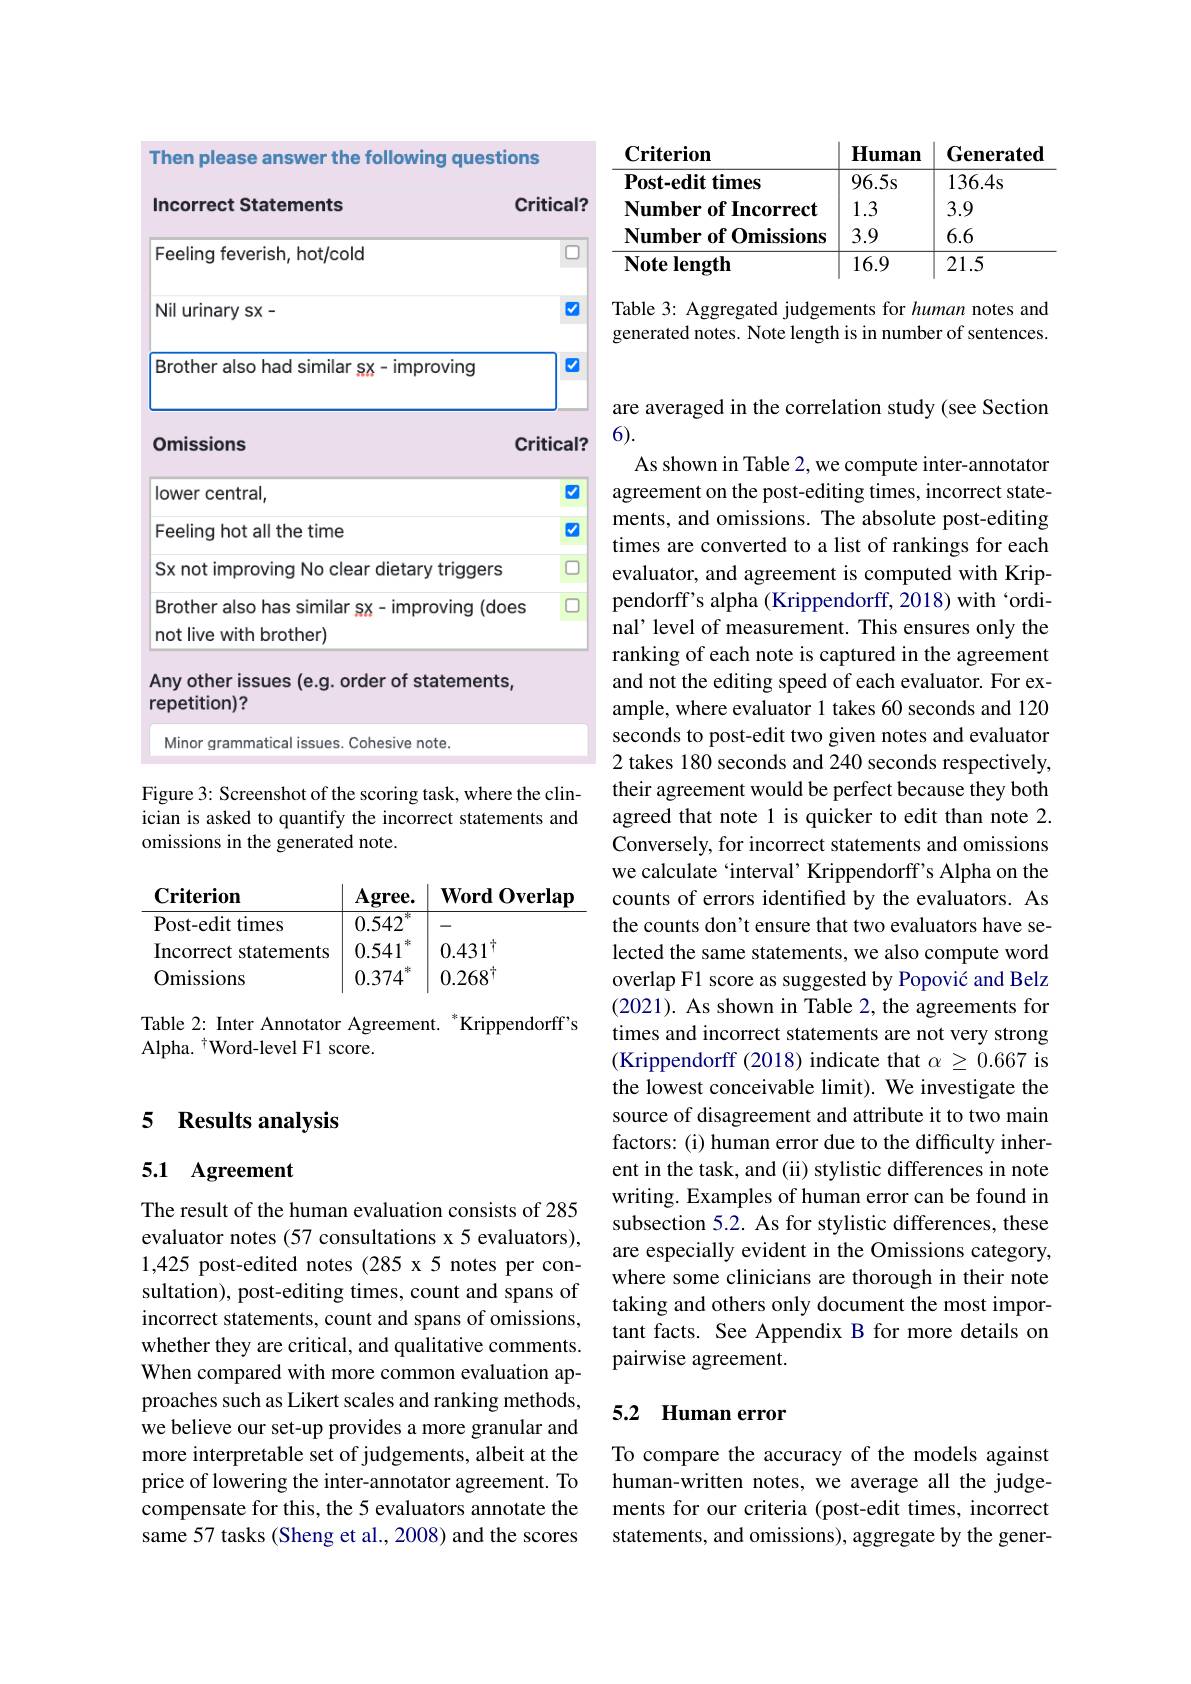
<table>
	<tbody>
		<tr>
			<th>$\mathbf{Criterion}$</th>
			<th>$\mathbf{Human}$</th>
			<th>Generated</th>
		</tr>
		<tr>
			<td>$\mathbf{Post-edit~times}$</td>
			<td>$96.5s$</td>
			<td>136.4s</td>
		</tr>
		<tr>
			<td>? Number of Incorrect</td>
			<td>1.3</td>
			<td>3.9</td>
		</tr>
		<tr>
			<td>$\textbf{Number of Omissions}$</td>
			<td>3.9</td>
			<td>6.6</td>
		</tr>
		<tr>
			<td>$\mathbf{Note~length}$</td>
			<td>16.9</td>
			<td>21.5</td>
		</tr>
	</tbody>
</table>

Table 3: Aggregated judgements for human notes and generated notes. Note length is in number of sentences.

## 5 Results analysis

## 5.1 Agreement

The result of the human evaluation consists of 285 evaluator notes (57 consultations x 5 evaluators), 1,425 post-edited notes (285 x5 notes per consultation), post-editing times, count and spans of incorrect statements, count and spans of omissions, whether they are critical, and qualitative comments. When compared with more common evaluation approaches such as Likert scales and ranking methods, we believe our set-up provides a more granular and more interpretable set of judgements, albeit at the price of lowering the inter-annotator agreement. To compensate for this, the 5 evaluators annotate the same 57 tasks (Sheng et al., 2008) and the scores

<table>
	<tbody>
		<tr>
			<th>Incorrect Statements</th>
			<th>itical?</th>
		</tr>
		<tr>
			<td>Feeling feverish, hot/cold</td>
			<td>$\square$</td>
		</tr>
		<tr>
			<td>Nil urinary sx-</td>
			<td>$v$</td>
		</tr>
		<tr>
			<td>Brother also had similar sx- improving</td>
			<td>$v$</td>
		</tr>
		<tr>
			<td>Omissions</td>
			<td>itical?</td>
		</tr>
		<tr>
			<td>lower central,</td>
			<td>V</td>
		</tr>
		<tr>
			<td>Feeling hot all the time</td>
			<td>$v$</td>
		</tr>
		<tr>
			<td>Sx not improvina dietarv triggers</td>
			<td>口</td>
		</tr>
		<tr>
			<td>Brother also has similar sx- improving (does not live with brother)</td>
			<td>口</td>
		</tr>
		<tr>
			<td>Any other issues (e.g. order of statements, repetition)?</td>
			<td> </td>
		</tr>
		<tr>
			<td>Minor grammatical issues. Cohesive note.</td>
			<td> </td>
		</tr>
	</tbody>
</table>

Figure 3: Screenshot of the scoring task, where the clinician is asked to quantify the incorrect statements and omissions in the generated note.

Criterion
$\begin{array}{cc}\mathbf{Agree.}&\mathbf{Word~Overlap}\\\mathbf{Agree.}&\mathbf{Word~Overlap}\end{array}$
$\overline{0.542^*}$
Post-edit times
Incorrect statements$\begin{array}{c|c}0.541^{*}&0.431^{\dagger}\end{array}$
$0. 374^*$ $0. 268^\dagger$
Omissions

Table 2: Inter Annotator Agreement. "Krippendorff's
Alpha. $^{\dagger}$Word-level F1 score.

are averaged in the correlation study (see Section
6).
As shown in Table 2, we compute inter-annotator agreement on the post-editing times, incorrect statements, and omissions. The absolute post-editing times are converted to a list of rankings for each evaluator, and agreement is computed with Krippendorff's alpha (Krippendorff, 2018) with`ordinal' level of measurement. This ensures only the ranking of each note is captured in the agreement and not the editing speed of each evaluator. For example, where evaluator 1 takes 60 seconds and 120 seconds to post-edit two given notes and evaluator 2 takes 180 seconds and 240 seconds respectively, their agreement would be perfect because they both agreed that note 1 is quicker to edit than note 2. Conversely, for incorrect statements and omissions we calculate 'interval' Krippendorff's Alpha on the counts of errors identified by the evaluators. As the counts don't ensure that two evaluators have selected the same statements, we also compute word overlap F1 score as suggested by Popović and Belz (2021). As shown in Table 2, the agreements for times and incorrect statements are not very strong (Krippendorff (2018) indicate that $\alpha\geq0.667$ is the lowest conceivable limit). We investigate the source of disagreement and attribute it to two main factors: (i) human error due to the difficulty inherent in the task, and (ii) stylistic differences in note writing. Examples of human error can be found in subsection 5.2. As for stylistic differences, these are especially evident in the Omissions category, where some clinicians are thorough in their note taking and others only document the most important facts. See Appendix B for more details on pairwise agreement.

## 5.2 Human error

To compare the accuracy of the models against human-written notes, we average all the judgements for our criteria (post-edit times, incorrect statements, and omissions), aggregate by the gener-